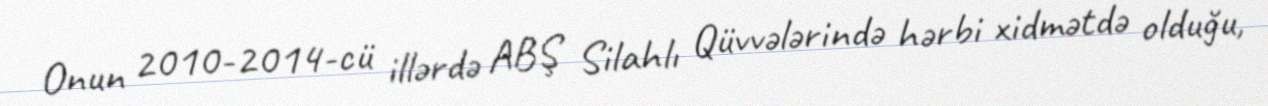
Onun 2010-2014-cü illərdə ABŞ Silahlı Qüvvələrində hərbi xidmətdə olduğu,